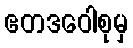
ဧတဒဝေါစုမှ